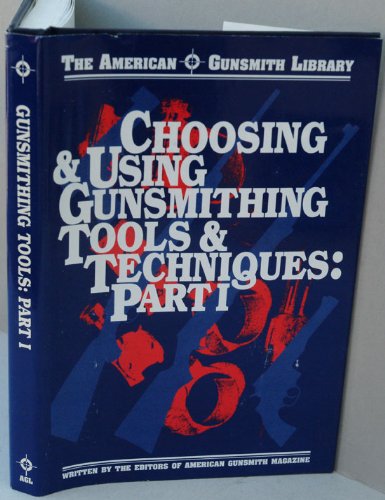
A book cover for Choosing & Using Gunsmithing Tools and Techniques: Hands-On Information for Basic and Advanced Gun Work (American Gunsmith Library); Crafts, Hobbies & Home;